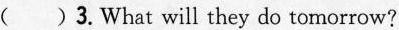
( ) 3.What will they do tomorrow?